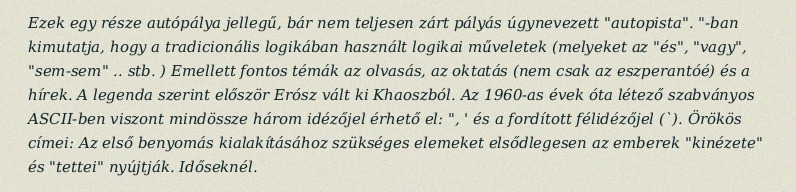
Ezek egy része autópálya jellegű, bár nem teljesen zárt pályás úgynevezett "autopista". "-ban kimutatja, hogy a tradicionális logikában használt logikai műveletek (melyeket az "és", "vagy", "sem-sem" .. stb. ) Emellett fontos témák az olvasás, az oktatás (nem csak az eszperantóé) és a hírek. A legenda szerint először Erósz vált ki Khaoszból. Az 1960-as évek óta létező szabványos ASCII-ben viszont mindössze három idézőjel érhető el: ", ' és a fordított félidézőjel (`). Örökös címei: Az első benyomás kialakításához szükséges elemeket elsődlegesen az emberek "kinézete" és "tettei" nyújtják. Időseknél.